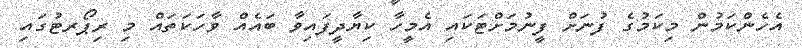
އެހެންކަމުން މިކަމުގެ ފުނަށް ފީނުމަށްޓަކައި އެމީހާ ކިޔާދީފައިވާ ބައެއް ވާހަކަތައް މި ރިޕޯރޓުގައި